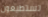
تستطيعون